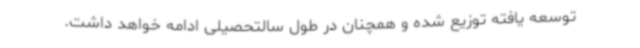
توسعه یافته توزیع شده و همچنان در طول سالتحصیلی ادامه خواهد داشت.